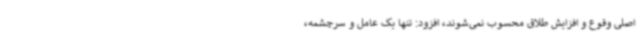
اصلی وقوع و افزایش طلاق محسوب نمی‌شوند، افزود: تنها یک عامل و سرچشمه،